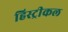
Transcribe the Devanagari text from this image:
हिस्ट्रीकल